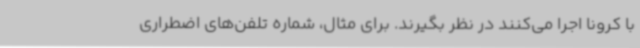
با کرونا اجرا می‌کنند در نظر بگیرند. برای مثال، شماره تلفن‌های اضطراری